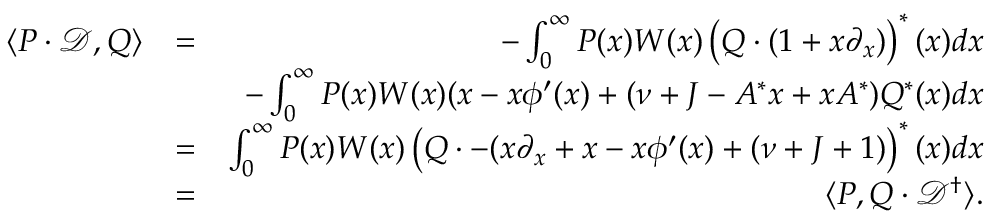
\begin{array} { r l r } { \langle P \cdot \mathcal { D } , Q \rangle } & { = } & { - \int _ { 0 } ^ { \infty } P ( x ) W ( x ) \left( Q \cdot ( 1 + x \partial _ { x } ) \right) ^ { \ast } ( x ) d x } \\ & { } & { - \int _ { 0 } ^ { \infty } P ( x ) W ( x ) ( x - x \phi ^ { \prime } ( x ) + ( \nu + J - A ^ { \ast } x + x A ^ { \ast } ) Q ^ { \ast } ( x ) d x } \\ & { = } & { \int _ { 0 } ^ { \infty } P ( x ) W ( x ) \left( Q \cdot - ( x \partial _ { x } + x - x \phi ^ { \prime } ( x ) + ( \nu + J + 1 ) \right) ^ { \ast } ( x ) d x } \\ & { = } & { \langle P , Q \cdot \mathcal { D } ^ { \dagger } \rangle . } \end{array}